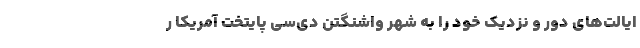
ایالت‌های دور و نزدیک خود را به شهر واشنگتن دی‌سی پایتخت آمریکا ر